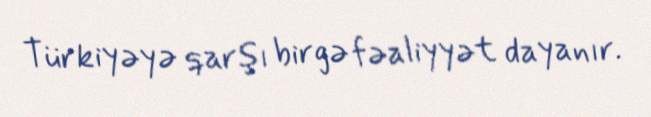
Türkiyəyə qarşı birgə fəaliyyət dayanır.